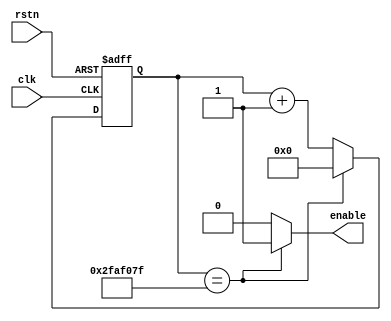
module clk_en_generator(clk, rstn, enable);
	input clk, rstn;
	output enable;
	
	parameter N = 50000000;
	parameter W = 26;
	
	reg [W-1 :0] cnt_reg;
	
	always@(posedge clk or negedge rstn)
	begin
		if (!rstn)
			cnt_reg <= 0;
		else if (cnt_reg == N-1)
			cnt_reg <= 0;
		else
			cnt_reg <= cnt_reg + 1'b1;
	end
	
	assign enable = (cnt_reg == N-1)? 1'b1 : 1'b0;

endmodule